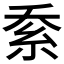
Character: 𱹬